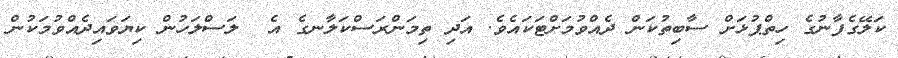
ކަލޭގެފާނުގެ ހިތްޕުޅަށް ސާބިތުކަން ދެއްވުމަށްޓަކައެވެ. އަދި ތިމަންރަސްކަލާނގެ އެ  ލަސްލަހުން ކިޔަވައިދެއްވުމަކުން